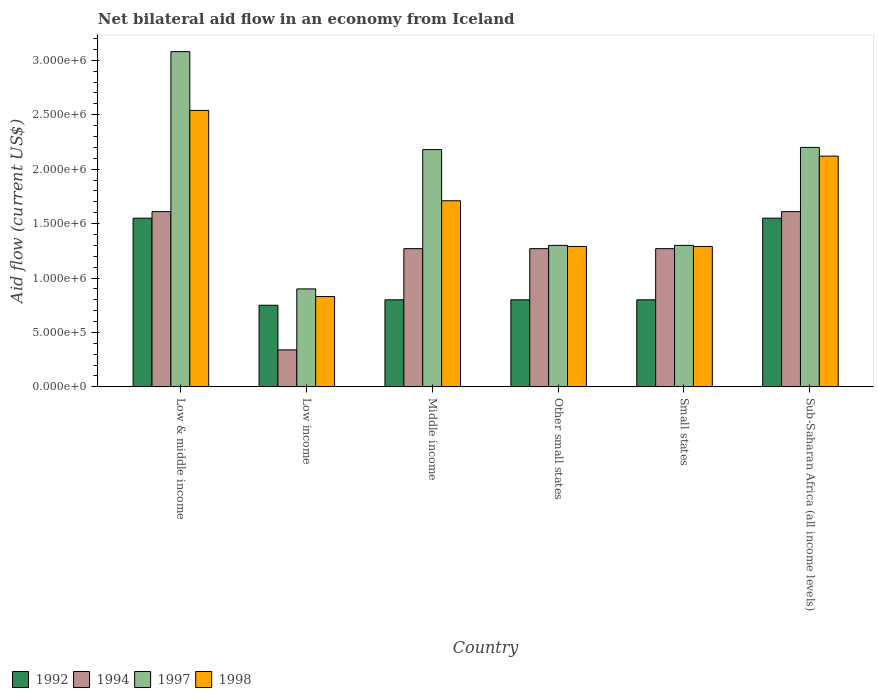
| Country | 1992 | 1994 | 1997 | 1998 |
 | --- | --- | --- | --- | --- |
 | Low & middle income | 1.55e+06 | 1.61e+06 | 3.08e+06 | 2.54e+06 |
 | Low income | 7.5e+05 | 3.4e+05 | 9e+05 | 8.3e+05 |
 | Middle income | 8e+05 | 1.27e+06 | 2.18e+06 | 1.71e+06 |
 | Other small states | 8e+05 | 1.27e+06 | 1.3e+06 | 1.29e+06 |
 | Small states | 8e+05 | 1.27e+06 | 1.3e+06 | 1.29e+06 |
 | Sub-Saharan Africa (all income levels) | 1.55e+06 | 1.61e+06 | 2.2e+06 | 2.12e+06 |